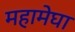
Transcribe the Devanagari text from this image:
महामेघा